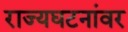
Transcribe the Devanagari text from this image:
राज्यघटनांवर